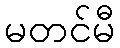
မတင်မီ